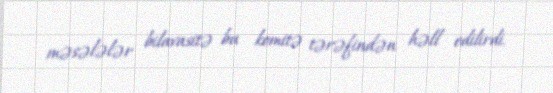
məsələlər bilavasitə bu komitə tərəfindən həll edilirdi.